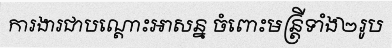
ការងារជាបណ្តោះអាសន្ន ចំពោះមន្ត្រីទាំង២រូប